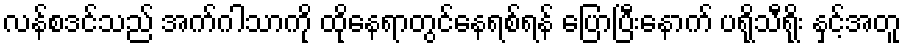
လန်စဒင်သည် အက်ဂါသာကို ထိုနေရာတွင်နေရစ်ရန် ပြောပြီးနောက် ပရိုသီရိုး နှင့်အတူ